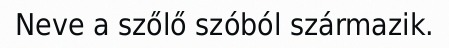
Neve a szőlő szóból származik.